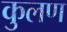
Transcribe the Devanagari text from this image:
कुलण